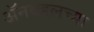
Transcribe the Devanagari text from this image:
अॅनबद्दलच्या